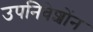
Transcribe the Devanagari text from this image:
उपनिवेशोंन